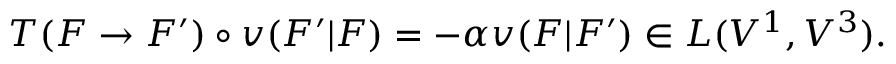
T ( F \to F ^ { \prime } ) \circ v ( F ^ { \prime } | F ) = - \alpha v ( F | F ^ { \prime } ) \in L ( V ^ { 1 } , V ^ { 3 } ) .